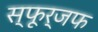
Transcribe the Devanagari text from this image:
स्फूर्जफ